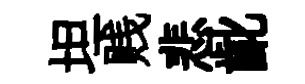
坦贱悲齔